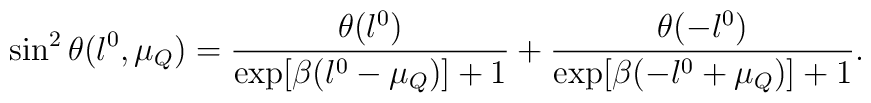
\sin^2\theta(l^0,\mu_Q)=\frac{\theta(l^0)}{\exp[\beta (l^0-\mu_Q)]+1}                        +\frac{\theta(-l^0)}{\exp[\beta (-l^0+\mu_Q)]+1}.